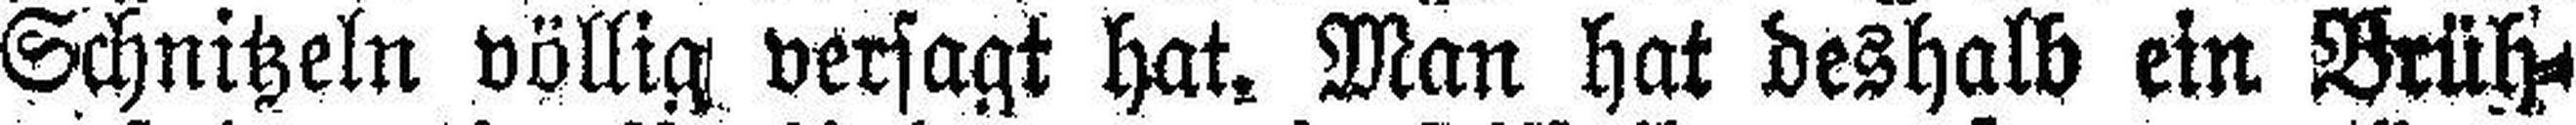
Schnitzeln völlig versagt hat. Man hat deshalb ein Brüst¬